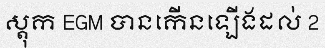
ស្តុក EGM បានកើនឡើងដល់ 2